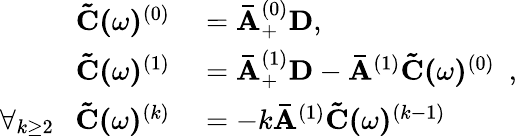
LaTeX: \begin{array}{rl}{\mathbf{\tilde{C}(}\omega\mathbf{)}^{(0)}}&{{}=\mathbf{\bar{A}}_{+}^{(0)}\mathbf{D},}\\ {\mathbf{\tilde{C}(}\omega\mathbf{)}^{(1)}}&{{}=\mathbf{\bar{A}}_{+}^{(1)}\mathbf{D}-\mathbf{\bar{A}}^{(1)}\mathbf{\tilde{C}(}\omega\mathbf{)}^{(0)}\ \ ,}\\ {\forall_{k\geq 2}\ \ \ \mathbf{\tilde{C}(}\omega\mathbf{)}^{(k)}}&{{}=-k\mathbf{\bar{A}}^{(1)}\mathbf{\tilde{C}(}\omega\mathbf{)}^{(k-1)}}\end{array}